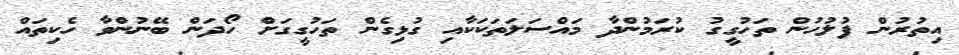
އިތުރުން ފުލުހުން ތަހުގީގު ކުރަމުންދާ މައްސަލަތަކަކާއި ގުޅިގެން ތަހުގީގަށް ހޯދަން ބޭނުންވާ ހެކިތައް